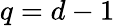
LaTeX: q=d-1